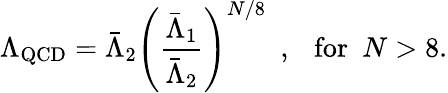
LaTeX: \Lambda_{\mathrm{QCD}}=\bar{\Lambda}_{2}\left({\frac{\bar{\Lambda}_{1}}{\bar{\Lambda}_{2}}}\right)^{N/8}\ \ ,\ \ \ \mathrm{for}\ \ N>8.